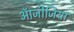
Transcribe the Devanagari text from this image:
ऑजीजिया